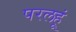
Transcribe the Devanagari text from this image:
परलहूं